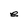
Character: e